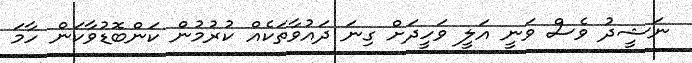
ނަޝީދު ވެސް ވަނީ އަލީ ވަހީދަށް ގިނަ ދައުވާތަކެއް ކުރުމުން ކަންބޮޑުވާކަން ހާމަ